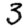
Digit: 3